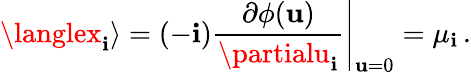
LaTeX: \langlex_{\mathbf{i}}\rangle=(-\mathbf{i})\left.{\frac{{\partial\phi({\mathbf{u}})}}{{\partialu_{\mathbf{i}}}}}\right|_{{\mathbf{u}}=0}=\mu_{\mathbf{i}}\, .